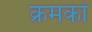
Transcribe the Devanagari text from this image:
क्रमकों